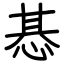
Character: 惎